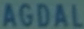
AGDAL